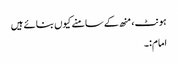
ہونٹ، منھ کے سامنے کیوں بنائے ہیں
امام:۔